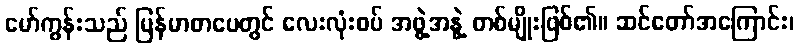
မော်ကွန်းသည် မြန်မာစာပေတွင် လေးလုံးစပ် အဖွဲ့အနွဲ့ တစ်မျိုးဖြစ်၏။ ဆင်တော်အကြောင်း၊